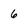
Character: 6